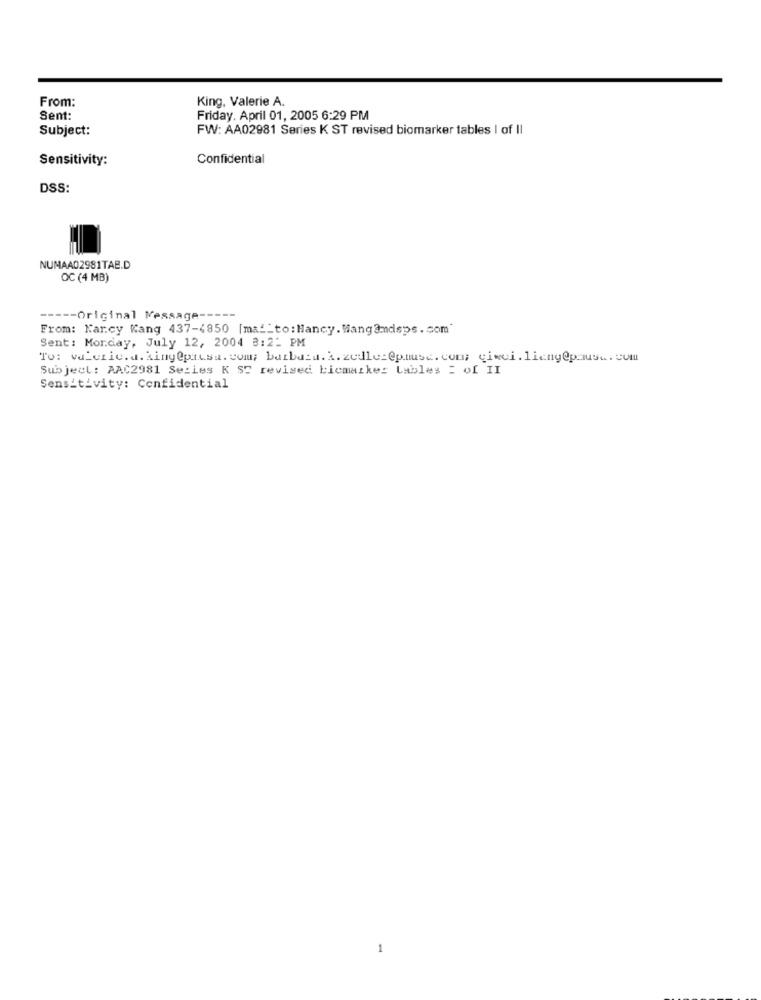
From:
King, Valerie A.
Sent:
Friday. April 01, 2005 6:29 PM
Subject:
FW: AA02981 Series K ST revised biomarker tables | of Il
Sensitivity:
Confidential
DSS:
NUMAAD2981TAB.D
OC (4 MB)
----- Original Message -----
From: Karcy Kang 437-4850 [ma __ to: Hancy. Wang@mdsps. com
Sent: Monday, July 12, 2004 8:2- PM
Subject : AAC2981 Series K ST revised bicmaikes Lables = of II
Sensitivity: Confidential